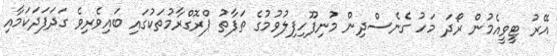
އޭރު ޓީވީއެމުން ރޯދަ މަހު ގެނެސްދިން މުނިފޫހިފިލުވުމުގެ ތަފާތު ޕްރޮގްރާމުތަކުގައި ބައިވެރިވެ ގަދަފަދަކަމާއި